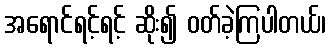
အရောင်ရင့်ရင့် ဆိုး၍ ဝတ်ခဲ့ကြပါတယ်၊